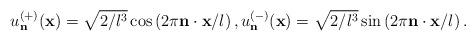
LaTeX: \begin{align*}u_{\bf n}^{(+)} ({\bf x})= \sqrt{2/l^3} \cos\left(2\pi {\bf n}\cdot {\bf x} / l\right),u_{\bf n}^{(-)} ({\bf x})= \sqrt{2/l^3} \sin\left(2\pi {\bf n}\cdot {\bf x} / l\right).\end{align*}